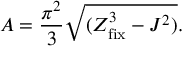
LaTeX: A = { \frac { \pi ^ { 2 } } { 3 } } \sqrt { ( Z _ { \mathrm { f i x } } ^ { 3 } - J ^ { 2 } ) } .